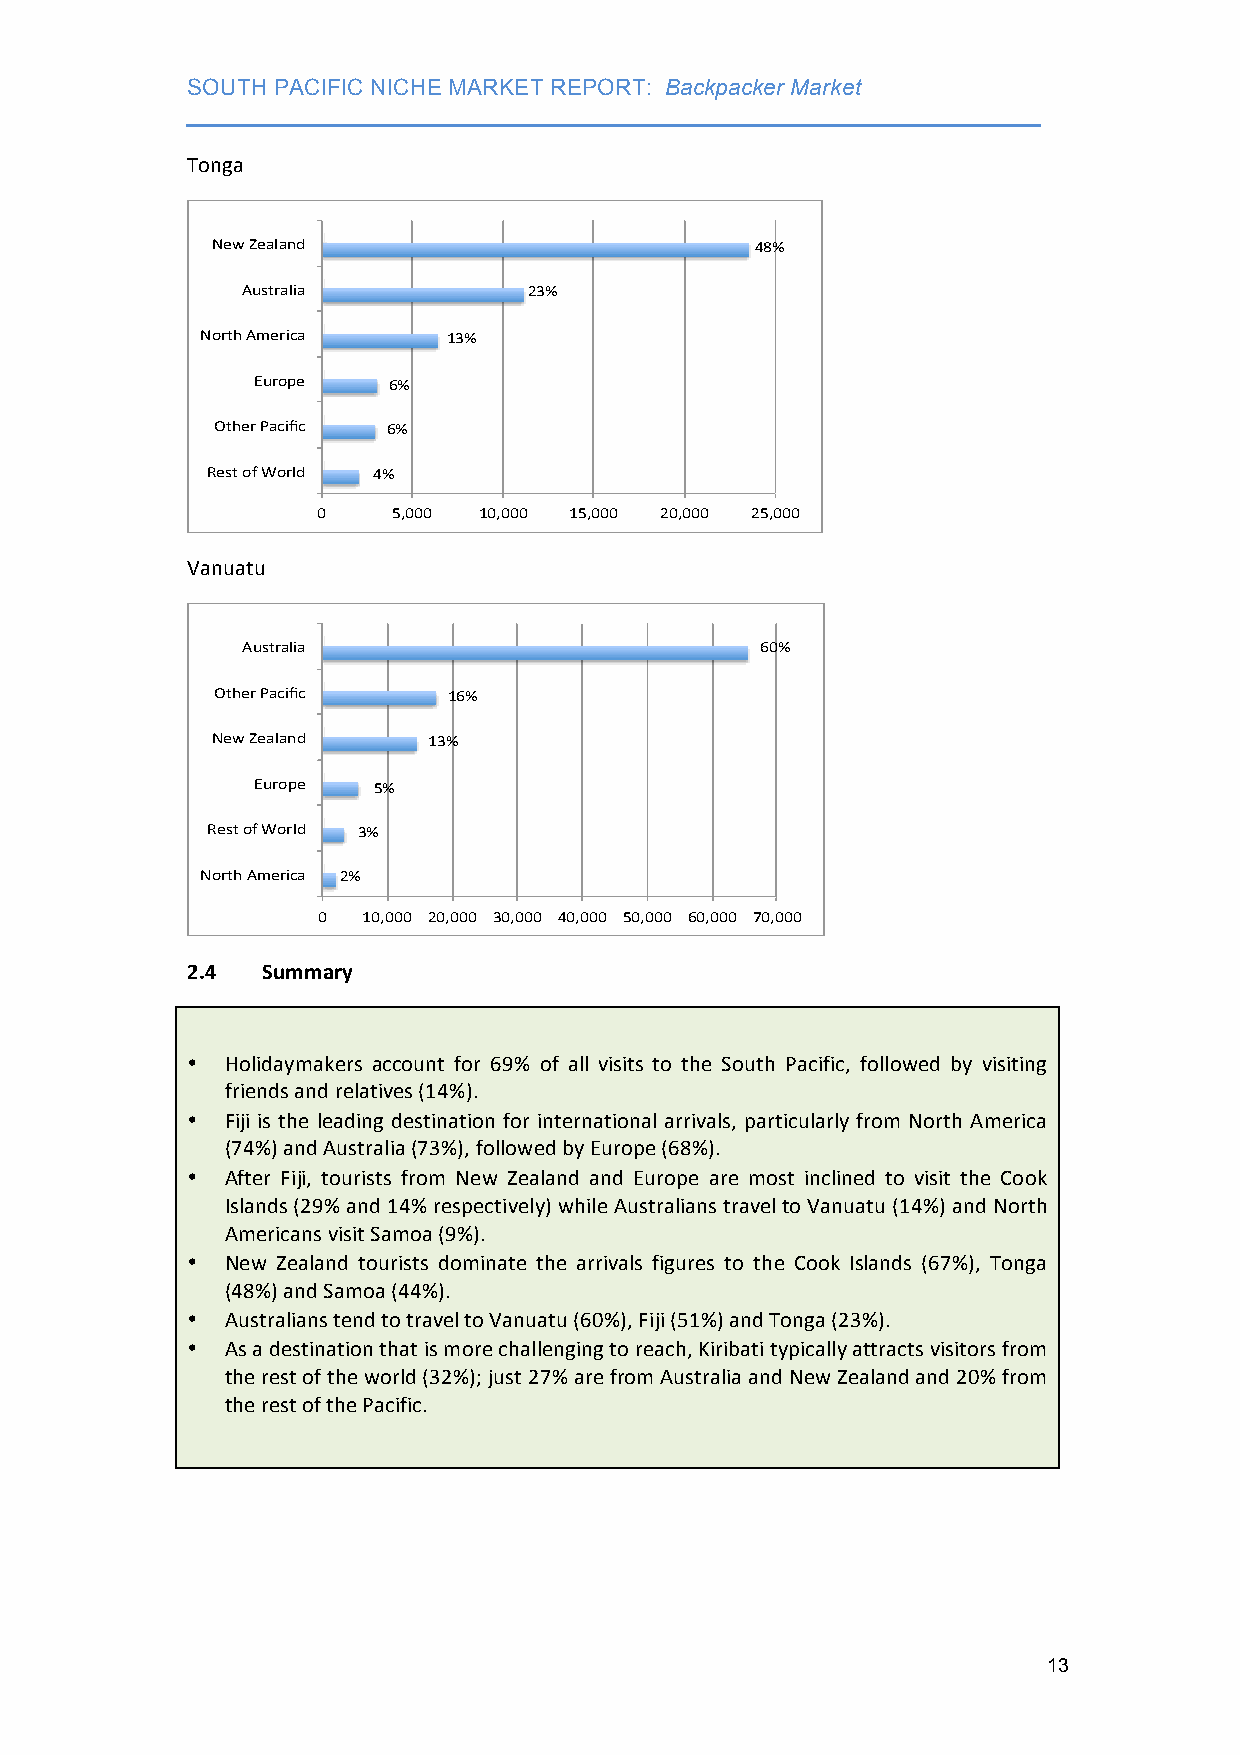
SOUTH PACIFIC NICHE MARKET REPORT: Backpacker Market
 ___________________________________________________________________
 Tonga
 New#Zealand#                        48%#
 Australia#         23%#
 North#America#   13%#
 Europe#  6%#
 Other#Pacific# 6%#
 Rest#of#World# 4%#
 0#   5,000# 10,000# 15,000# 20,000# 25,000#
 Vanuatu
 Australia#                        60%#
 Other#Pacific#  16%#
 New#Zealand#  13%#
 Europe# 5%#
 Rest#of#World# 3%#
 North#America# 2%#
 0# 10,000# 20,000# 30,000# 40,000# 50,000# 60,000# 70,000#
 2.4  Summary
 •  Holidaymakers account for 69% of all visits to the South Pacific, followed by visiting
 friends and relatives (14%).
 •  Fiji is the leading destination for international arrivals, particularly from North America
 (74%) and Australia (73%), followed by Europe (68%).
 •  After Fiji, tourists from New Zealand and Europe are most inclined to visit the Cook
 Islands (29% and 14% respectively) while Australians travel to Vanuatu (14%) and North
 Americans visit Samoa (9%).
 •  New Zealand tourists dominate the arrivals figures to the Cook Islands (67%), Tonga
 (48%) and Samoa (44%).
 •  Australians tend to travel to Vanuatu (60%), Fiji (51%) and Tonga (23%).
 •  As a destination that is more challenging to reach, Kiribati typically attracts visitors from
 the rest of the world (32%); just 27% are from Australia and New Zealand and 20% from
 the rest of the Pacific.
 13